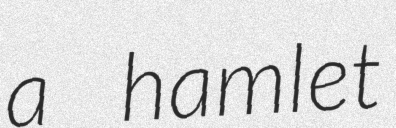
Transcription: a hamlet